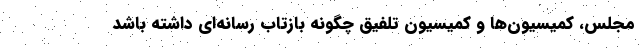
مجلس، کمیسیون‌ها و کمیسیون تلفیق چگونه بازتاب رسانه‌ای داشته باشد